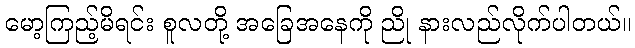
မော့ကြည့်မိရင်း စူလတို့ အခြေအနေကို ညို နားလည်လိုက်ပါတယ်။